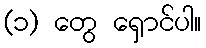
(၁) တွေ ရှောင်ပါ။